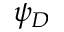
\psi _ { D }